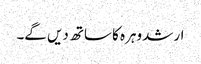
ارشد وہرہ کا ساتھ دیں گے۔